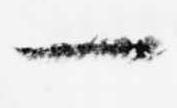
一